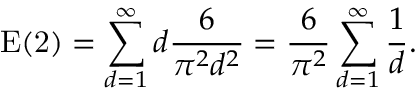
\mathrm { E } ( \mathrm { 2 } ) = \sum _ { d = 1 } ^ { \infty } d { \frac { 6 } { \pi ^ { 2 } d ^ { 2 } } } = { \frac { 6 } { \pi ^ { 2 } } } \sum _ { d = 1 } ^ { \infty } { \frac { 1 } { d } } .